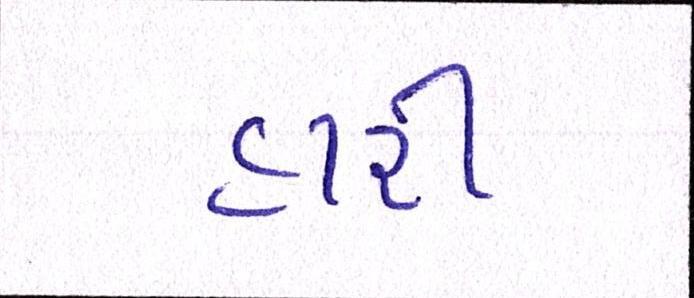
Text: હારી